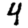
Digit: 4